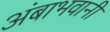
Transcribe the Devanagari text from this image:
अंबाभवानी